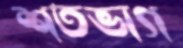
শতভাগ